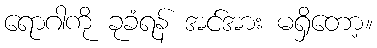
ရောဂါကို ခုခံရန် အင်အား မရှိတော့။